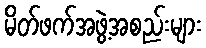
မိတ်ဖက်အဖွဲ့အစည်းများ